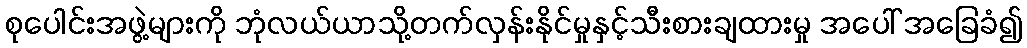
စုပေါင်းအဖွဲ့များကို ဘုံလယ်ယာသို့တက်လှန်းနိုင်မှုနှင့်သီးစားချထားမှု အပေါ် အခြေခံ၍